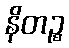
နိတဉ္စ